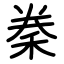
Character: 䅈